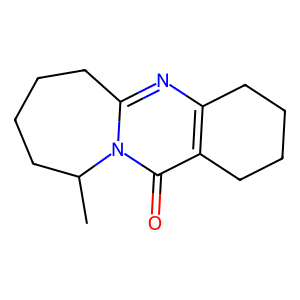
SMILES: CC1CCCCc2nc3c(c(=O)n21)CCCC3
Inhibits HIV replication: No